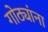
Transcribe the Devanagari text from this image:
गोठ्यांना